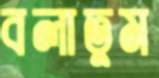
বলাতুম